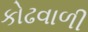
કોઢવાળી